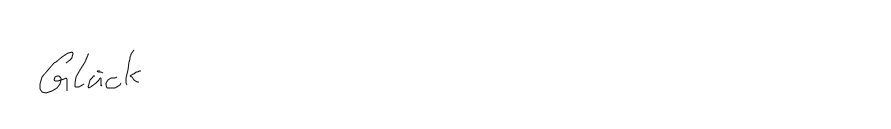
Glück